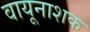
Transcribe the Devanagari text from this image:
वायूनाशक